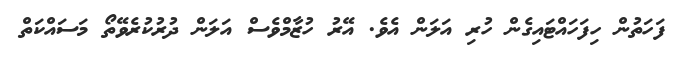
ފަހަތުން ހިފަހައްޓައިގެން ހުރި އަލަން އެވެ. އޭރު ހުޒާމްވެސް އަލަން ދުރުކުރެވޭތޯ މަސައްކަތް